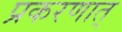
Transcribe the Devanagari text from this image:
प्रकरणात्‌